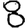
Digit: 8